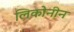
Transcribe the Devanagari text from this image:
लिकोनीन